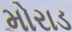
મોરાડ